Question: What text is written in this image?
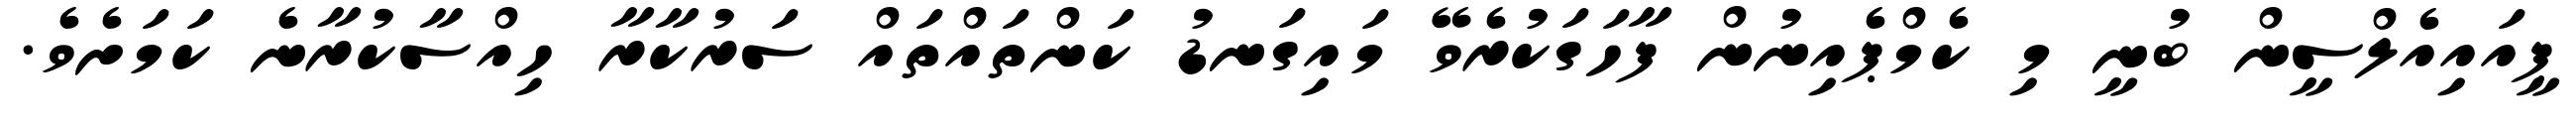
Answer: ޕީއައިއެލްސީން ބުނީ މި ކެމްޕެއިނުން ފާހަގަކުރެވޭ މައިގަނޑު ކަންތައްތައް ސަރުކާރާ ހިއްސާކުރާނެ ކަމަށެވެ.